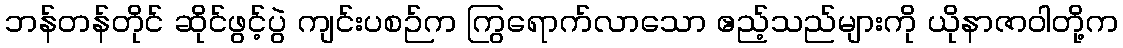
ဘန်တန်တိုင် ဆိုင်ဖွင့်ပွဲ ကျင်းပစဉ်က ကြွရောက်လာသော ဧည့်သည်များကို ယိုနာဇာဝါတို့က